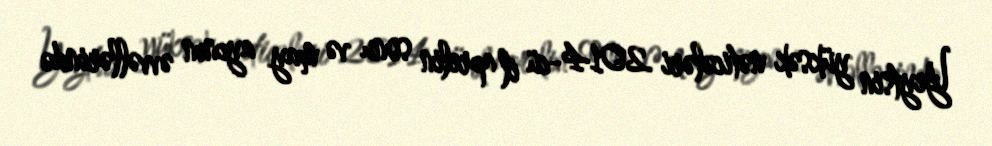
Yeytsin yüksək nəticələri 2014-cü il aprelin sonu və may ayının əvvəllərində